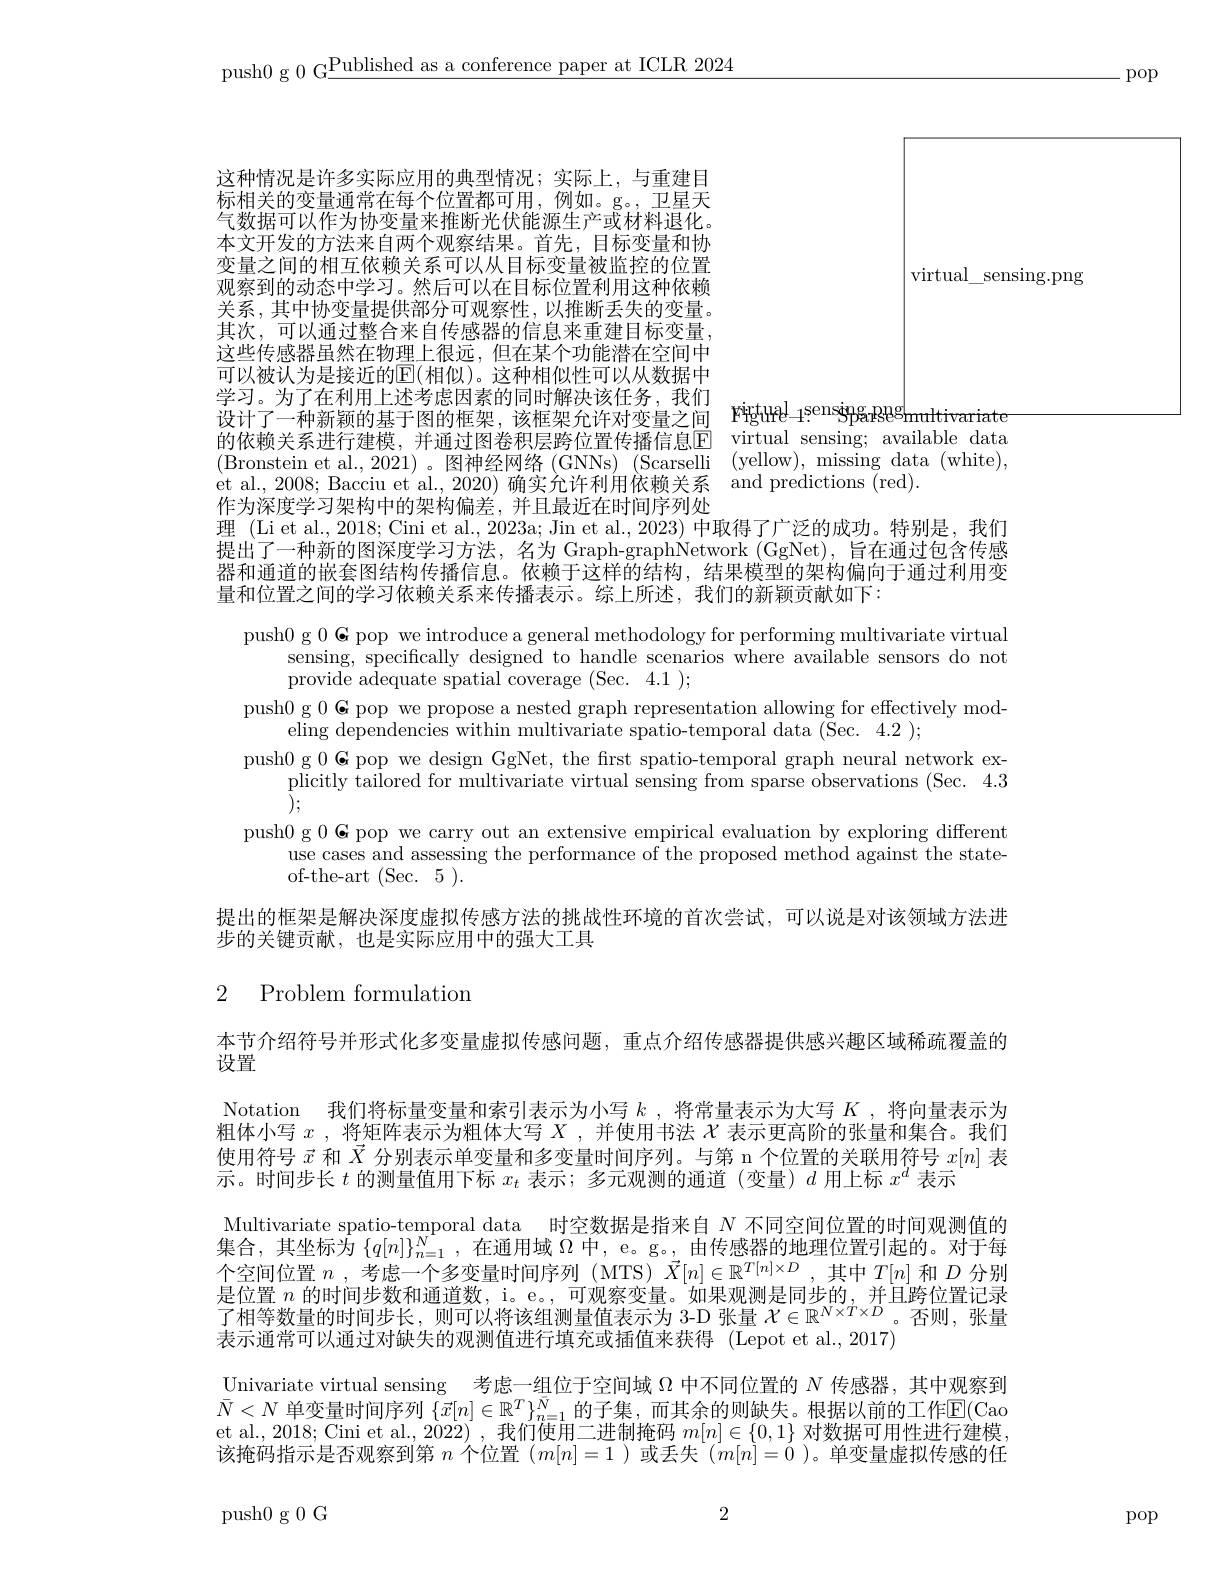
push0 g 0 G$\underline\text{Published as a conference paper at ICLR 2024}$

-pop

virtual\_sensing.png

这种情况是许多实际应用的典型情况；实际上，与重建目标相关的变量通常在每个位置都可用，例如。g。,卫星天气数据可以作为协变量来推断光伏能源生产或材料退化。本文开发的方法来自两个观察结果。首先，目标变量和协变量之间的相互依赖关系可以从目标变量被监控的位置观察到的动态中学习。然后可以在目标位置利用这种依赖关系，其中协变量提供部分可观察性，以推断丢失的变量。其次，可以通过整合来自传感器的信息来重建目标变量， 这些传感器虽然在物理上很远，但在某个功能潜在空间中可以被认为是接近的$\overline{\mathrm{E}}($相似)。这种相似性可以从数据中学习。为了在利用上述考虑因素的同时解决该任务，我们设计了一种新颖的基于图的框架，该框架允许对变量之间 Pigtuel-4!sensiparggemultivariate 的依赖关系进行建模，并通过图卷积层跨位置传播信息$\overline{\mathbb{E}}$ virtual sensing; available data (Bronstein et al., 2021)。图神经网络(GNNs)(Scarselli (yellow), missing data (white), et al., 2008; Bacciu et al., 2020) 确实允许利用依赖关系 and predictions (red).
作为深度学习架构中的架构偏差，并且最近在时间序列处
理 (Li et al., 2018; Cini et al., 2023a; Jin et al., 2023) 中取得了广泛的成功。特别是，我们提出了一种新的图深度学习方法，名为 Graph-graphNetwork (GgNet),旨在通过包含传感器和通道的嵌套图结构传播信息。依赖于这样的结构，结果模型的架构偏向于通过利用变

量和位置之间的学习依赖关系来传播表示。综上所述，我们的新颖贡献如下：
push0 g $0\textbf{G pop we introduce a general methodology for performing multivariate virtual}$
sensing, specifically designed to handle scenarios where available sensors do not
provide adequate spatial coverage (Sec.4.1);
push0 g 0 G pop we propose a nested graph representation allowing for effectively mod-
eling dependencies within multivariate spatio-temporal data (Sec. 4.2 );
push0 g 0 G pop we design GgNet, the frst spatio-temporal graph neural network ex-
$\begin{array}{c}{\mathrm{plicitly~tailored~for~multivariate~virtual~sensing~from~sparse~observations~(Sec.~4.3}\\\end{array}}\\{\mathrm{).}}$ push0 g 0 G pop we carry out an extensive empirical evaluation by exploring different
use cases and assessing the performance of the proposed method against the state-
of-the-art(Sec.5).
提出的框架是解决深度虚拟传感方法的挑战性环境的首次尝试，可以说是对该领域方法进
步的关键贡献，也是实际应用中的强大工具

2 Problem formulation

本节介绍符号并形式化多变量虚拟传感问题，重点介绍传感器提供感兴趣区域稀疏覆盖的
设置
Notation 我们将标量变量和索引表示为小写$k$ ,将常量表示为大写$K$ ,将向量表示为粗体小写$x$ ,将矩阵表示为粗体大写$X$ ,并使用书法$\chi$表示更高阶的张量和集合。我们使用符号$\vec{x}$和$\vec{X}$分别表示单变量和多变量时间序列。与第 n 个位置的关联用符号$x[n]$表示。时间步长$t$的测量值用下标$x_t$表示；多元观测的通道(变量)$d$用上标$x^d$表示
Multivariate spatio-temporal data 时空数据是指来自$N$不同空间位置的时间观测值的集合，其坐标为$\{q[n]\}_n=1^{N}$,在通用域$\Omega$中，e。g。, 由传感器的地理位置引起的。对于每个空间位置$n$ ,考虑一个多变量时间序列 (MTS) $\vec{X}[n]\in\mathbb{R}^{T[n]\times D}$,其中$T[n]$和$D$分别是位置$n$的时间步数和通道数，i。e。, 可观察变量。如果观测是同步的，并且跨位置记录了相等数量的时间步长，则可以将该组测量值表示为 3-D 张量$\mathcal{X}\in\mathbb{R}^{N\times T\times D}$。否则，张量表示通常可以通过对缺失的观测值进行填充或插值来获得 (Lepot et al.,2017)
$\underline{\text{Univariate virtual sensing}\:\text{考虑一组位于空间域 }\Omega\text{ 中不同位置的 }N\text{ 传感器，其中观察到}}$ $\bar{N}<N$ 单变量时间序列 $\{\vec{x}[n]\in\mathbb{R}^T\}_{n=1}^{\bar{N}}$的子集，而其余的则缺失。根据以前的工作$\mathbb{E}($Cao et al., 2018; Cini et al., 2022) , 我们使用二进制掩码$m[n]\in\{0,1\}$对数据可用性进行建模， 该掩码指示是否观察到第$n$个位置$(m[n]=1$ )或丢失$(m[n]=0$ )。单变量虚拟传感的任

2

push0 g 0 G

pop